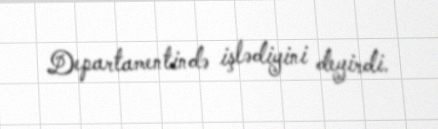
Departamentində işlədiyini deyirdi.